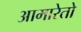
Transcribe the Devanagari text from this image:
आमारेतो